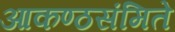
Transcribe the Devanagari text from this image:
आकण्ठसंमिते